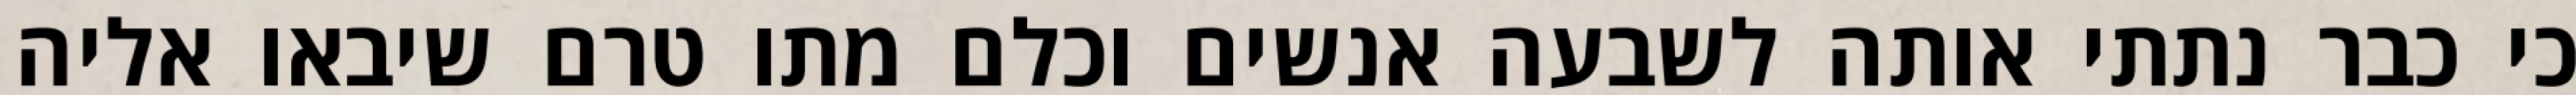
כי כבר נתתי אותה לשבעה אנשים וכלם מתו טרם שיבאו אליה